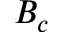
B _ { c }